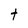
Character: t